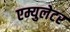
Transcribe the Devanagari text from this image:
एम्युलेटर